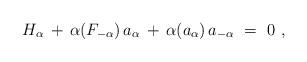
LaTeX: \begin{align*} H_\alpha \, + \, \alpha(F_{-\alpha}) \, a_\alpha \, + \, \alpha(a_\alpha) \, a_{-\alpha} ~=~ 0~,\end{align*}